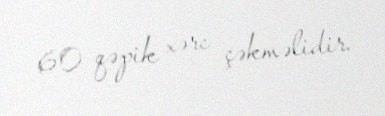
60 qəpik xərc çəkməlidir.